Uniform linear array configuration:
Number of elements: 16
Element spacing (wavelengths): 0.75
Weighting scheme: binomial
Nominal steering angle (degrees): -45
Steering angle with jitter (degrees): -44.855
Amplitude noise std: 0.05
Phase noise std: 0.05

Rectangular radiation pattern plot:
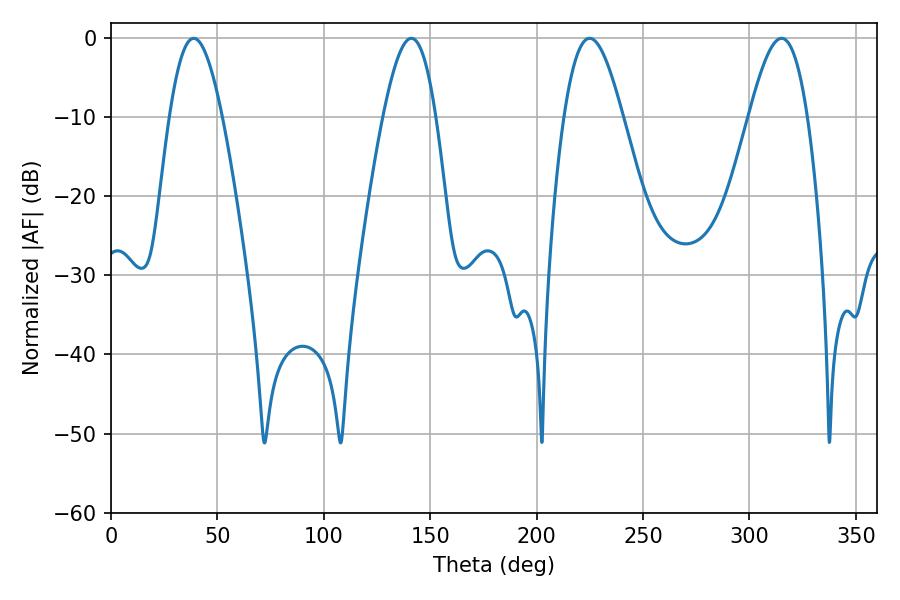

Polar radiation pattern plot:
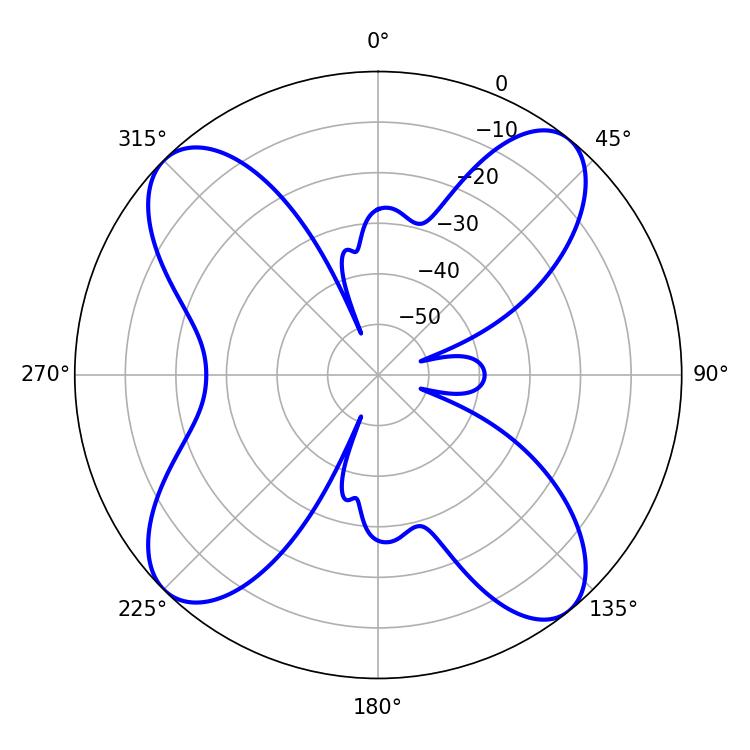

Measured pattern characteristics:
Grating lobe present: TRUE
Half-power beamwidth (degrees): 13.5
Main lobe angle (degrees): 38.88